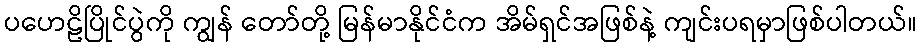
ပဟေဠိပြိုင်ပွဲကို ကျွန် တော်တို့ မြန်မာနိုင်ငံက အိမ်ရှင်အဖြစ်နဲ့ ကျင်းပရမှာဖြစ်ပါတယ်။